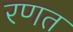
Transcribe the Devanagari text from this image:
रणत